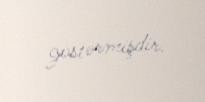
göstərmişdir.